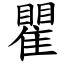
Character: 瞿